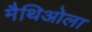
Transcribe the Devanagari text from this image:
मैथिओला